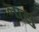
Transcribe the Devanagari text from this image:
नासु